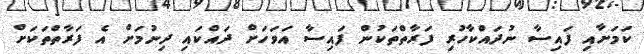
ކަމަށާއި ފައިސާ ނުދައްކާހުރި ފަރާތްތަކުން ފައިސާ އަވަހަށް ދައްކައި ދިނުމަށް އެ ފަރާތްތަކަށް